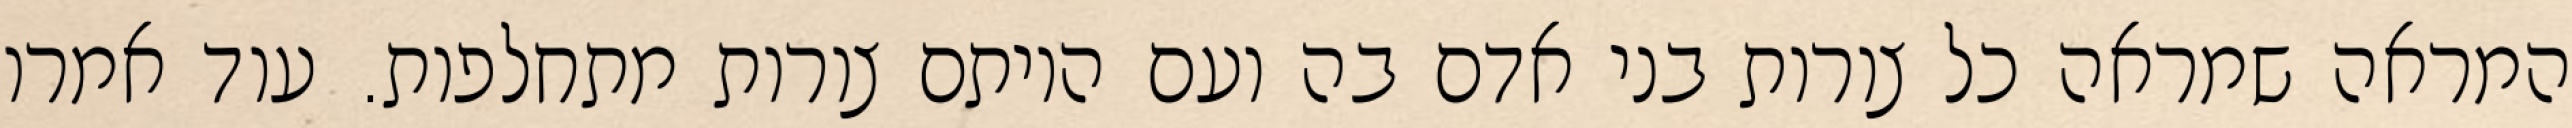
המראה שמראה כל צורות בני אדם בה ועם היותם צורות מתחלפות. עוד אמרו